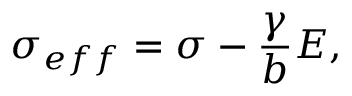
\sigma _ { e f f } = \sigma - \frac \gamma b E ,